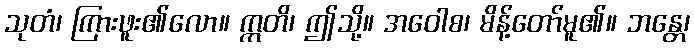
သုတံ၊ ကြားဖူး၏လော။ ဣတိ၊ ဤသို့။ အဝေါစ၊ မိန့်တော်မူ၏။ ဘန္တေ၊